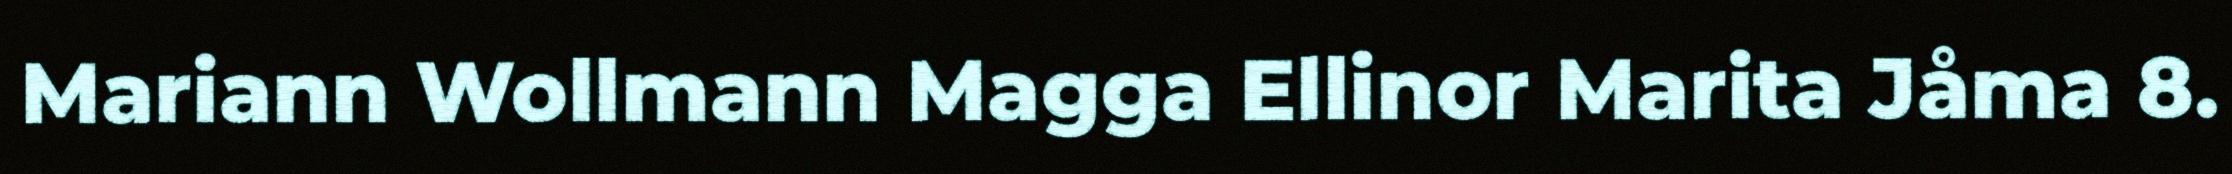
Mariann Wollmann Magga Ellinor Marita Jåma 8.